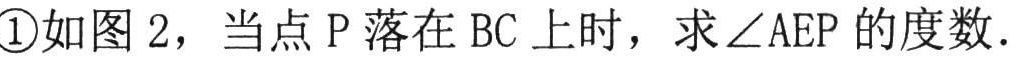
\textcircled{1}如图 2，当点 P 落在 BC 上时，求\(\angle AEP\)的度数.